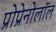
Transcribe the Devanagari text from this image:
प्रोप्रेनोलॉल